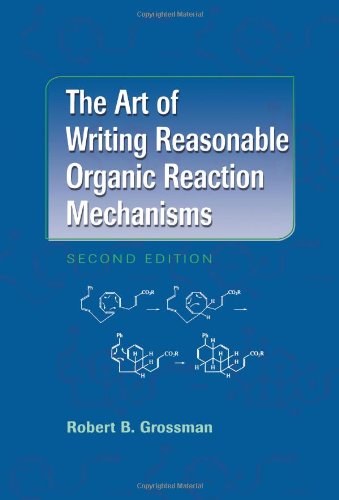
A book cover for The Art of Writing Reasonable Organic Reaction Mechanisms; Robert B. Grossman; Engineering & Transportation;